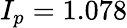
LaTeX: I_{p}=1.078